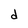
Character: d